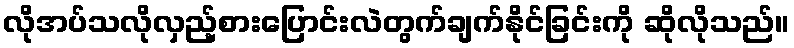
လိုအပ်သလိုလှည့်စားပြောင်းလဲတွက်ချက်နိုင်ခြင်းကို ဆိုလိုသည်။